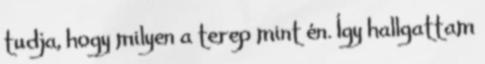
tudja, hogy milyen a terep mint én. Így hallgattam